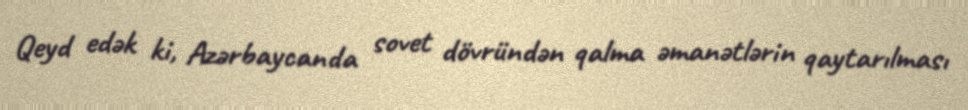
Qeyd edək ki, Azərbaycanda sovet dövründən qalma əmanətlərin qaytarılması